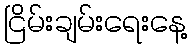
ငြိမ်းချမ်းရေးနေ့